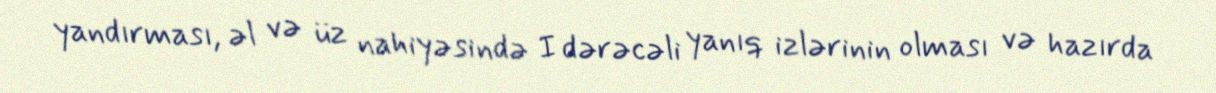
yandırması, əl və üz nahiyəsində I dərəcəli yanıq izlərinin olması və hazırda